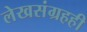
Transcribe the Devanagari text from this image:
लेखसंग्रहही